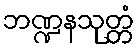
ဘဏ္ဍနသုတ္တံ